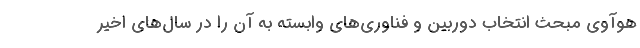
هوآوی مبحث انتخاب دوربین و فناوری‌های وابسته به آن را در سال‌های اخیر